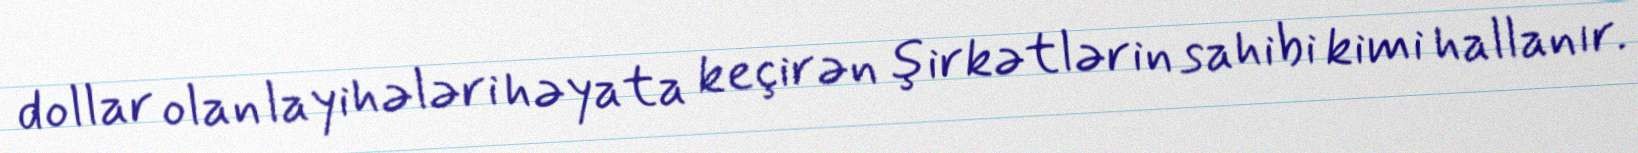
dollar olan layihələri həyata keçirən şirkətlərin sahibi kimi hallanır.